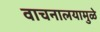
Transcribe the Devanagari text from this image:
वाचनालयामुळे